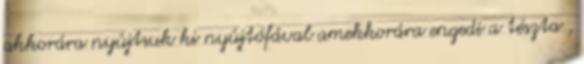
akkorára nyújtsuk ki nyújtófával amekkorára engedi a tészta ,